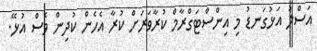
އަސްލު އަޅުގަނޑު މި އިންސްޓަގްރާމް ކުރާވަރަށް ކުރާ އެހެން ކުދިން ވެސް އުޅޭ.